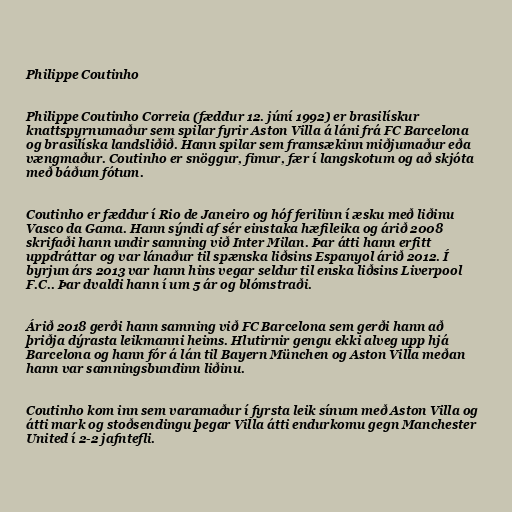
Philippe Coutinho

Philippe Coutinho Correia (fæddur 12. júní 1992) er brasilískur
knattspyrnumaður sem spilar fyrir Aston Villa á láni frá FC Barcelona
og brasilíska landsliðið. Hann spilar sem framsækinn miðjumaður eða
vængmaður. Coutinho er snöggur, fimur, fær í langskotum og að skjóta
með báðum fótum.

Coutinho er fæddur í Rio de Janeiro og hóf ferilinn í æsku með liðinu
Vasco da Gama. Hann sýndi af sér einstaka hæfileika og árið 2008
skrifaði hann undir samning við Inter Milan. Þar átti hann erfitt
uppdráttar og var lánaður til spænska liðsins Espanyol árið 2012. Í
byrjun árs 2013 var hann hins vegar seldur til enska liðsins Liverpool
F.C.. Þar dvaldi hann í um 5 ár og blómstraði.

Árið 2018 gerði hann samning við FC Barcelona sem gerði hann að
þriðja dýrasta leikmanni heims. Hlutirnir gengu ekki alveg upp hjá
Barcelona og hann fór á lán til Bayern München og Aston Villa meðan
hann var samningsbundinn liðinu.

Coutinho kom inn sem varamaður í fyrsta leik sínum með Aston Villa og
átti mark og stoðsendingu þegar Villa átti endurkomu gegn Manchester
United í 2-2 jafntefli.